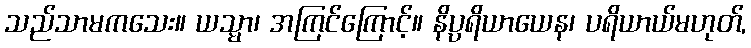
သည်သာမကသေး။ ယသ္မာ၊ အကြင်ကြောင့်။ နိပ္ပရိယာယေန၊ ပရိယာယ်မဟုတ်,